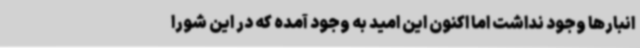
انبارها وجود نداشت اما اکنون این امید به وجود آمده که در این شورا